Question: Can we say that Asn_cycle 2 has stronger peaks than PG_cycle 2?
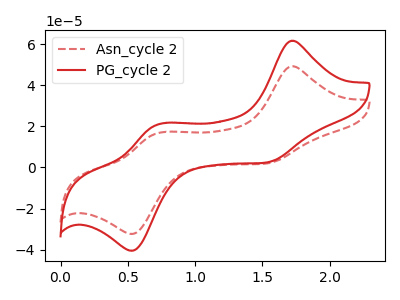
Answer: <think>The red dashed curve "Asn_cycle 2" has anodic peaks at (1.70V, 49.15uA) (0.70V, 16.70uA) and cathodic peaks at (1.50V, 1.85uA) (0.55V, -32.30uA). The red curve "PG_cycle 2" has anodic peaks at (1.70V, 61.55uA) (0.70V, 20.90uA) and cathodic peaks at (1.50V, 2.35uA) (0.55V, -40.45uA).</think>
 <answer>The peaks in "Asn_cycle 2" are neither all higher or all lower than the peaks in "PG_cycle 2".</answer>
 <eval>mixed</eval>